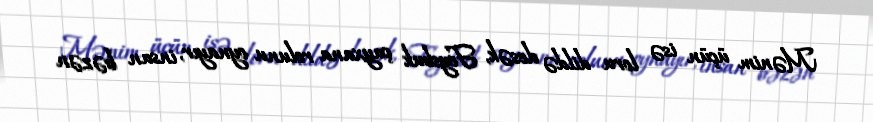
Mənim üçün isə loru dildə desək, Feysbuk çayxana rolunu oynayır, insan bəzən